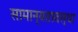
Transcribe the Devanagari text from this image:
सामान्यतावस्था